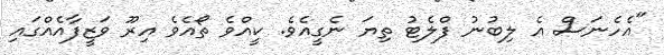
"އެހެނަސް އެ ލިބުނު ފްލެޓު ތިޔަ ނެގީއެވެ. ކީއްވެ ތޯއެވެ އިރޫ ވަޒީފާއެއްގައި